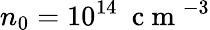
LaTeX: n_{0}=10^{14}~\mathrm{~c~m~}^{-3}